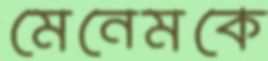
মেনেমকে